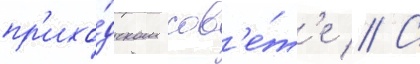
пр'ихо́дском сов'е́т'е // С